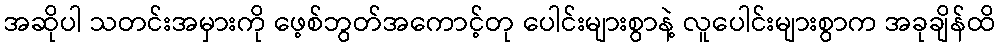
အဆိုပါ သတင်းအမှားကို ဖေ့စ်ဘွတ်အကောင့်တု ပေါင်းများစွာနဲ့ လူပေါင်းများစွာက အခုချိန်ထိ